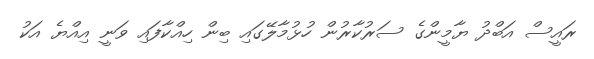
ރައީސް އަބްދު ޔާމީންގެ ސަރުކާރުން ހުޅުމާލޭގައި ބިން ހިއްކާފައި ވަނީ އިއްޔެ އަކު